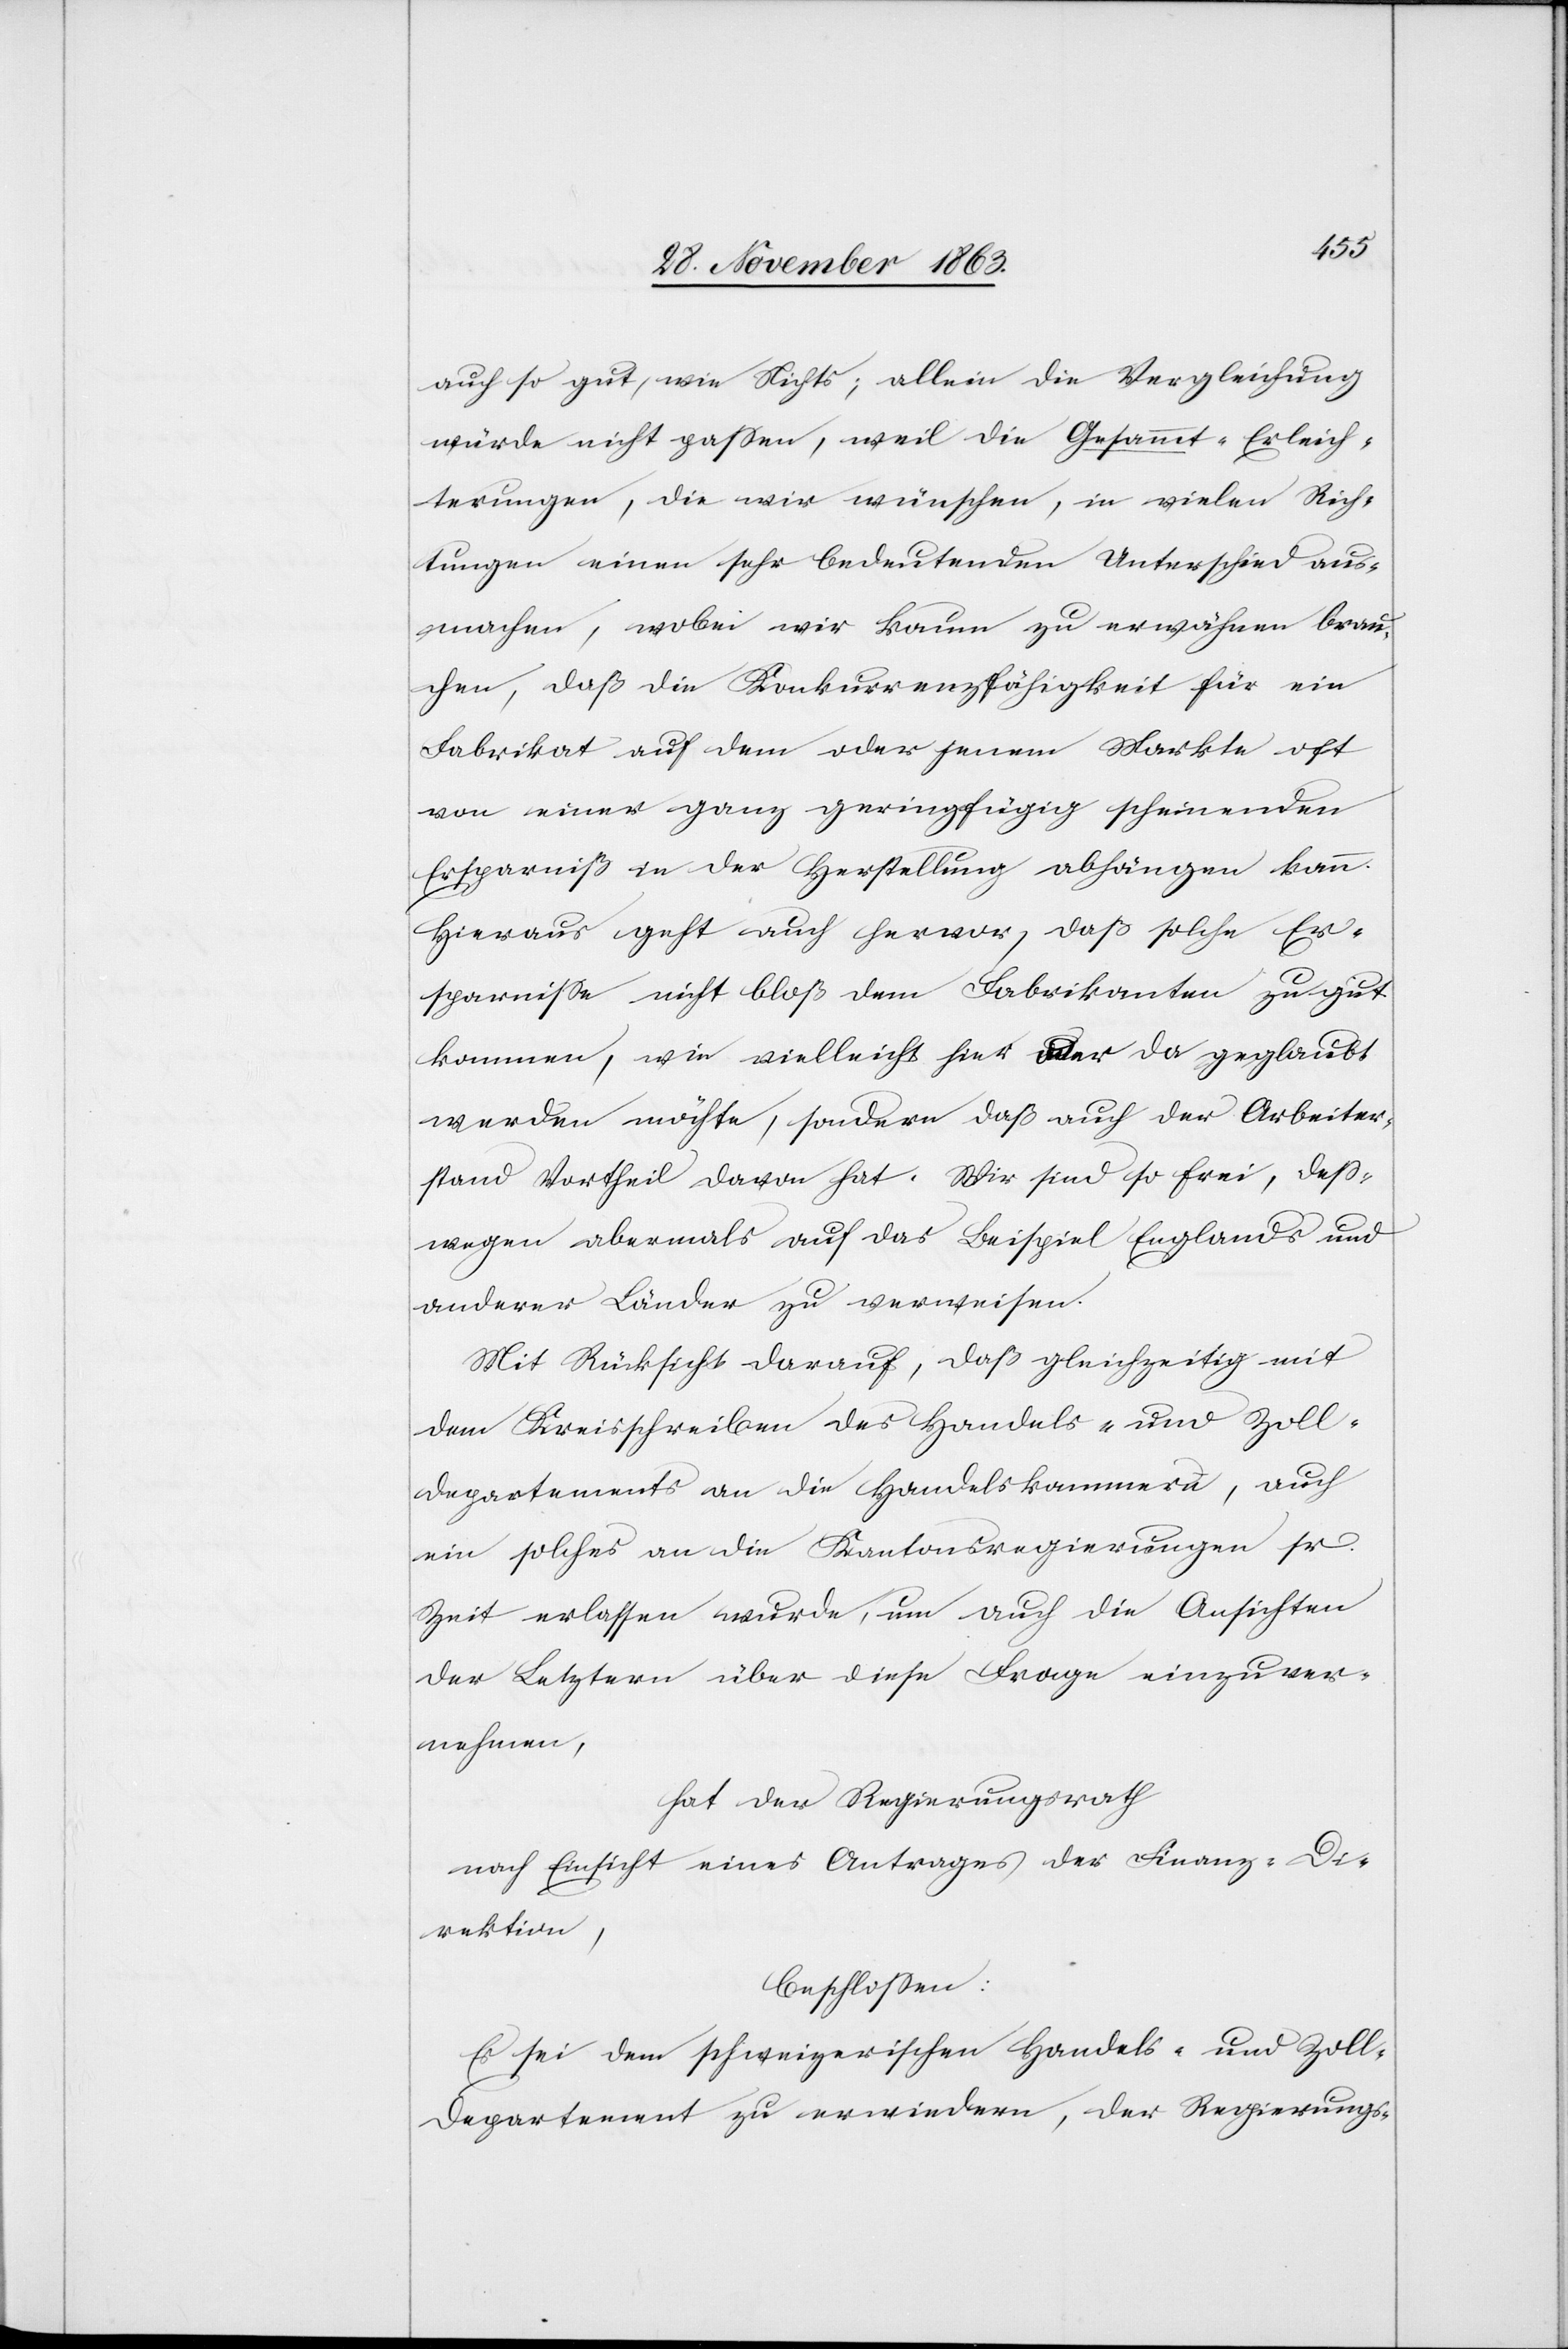
auch so gut, wie Nichts; allein die Vergleichung
würde nicht passen, weil die Gesammt-Erleich¬
terungen, die wir wünschen, in vielen Rich¬
tungen einen sehr bedeutenden Unterschied aus¬
machen, wobei wir kaum zu erwähnen brau¬
chen, daß die Konkurrenzfähigkeit für ein
Fabrikat auf dem oder jenem Markte oft
von einer ganz geringfügig scheinenden
Ersparniß in der Herstellung abhängen kann.
Hieraus geht auch hervor, daß solche Er¬
sparnisse nicht bloß dem Fabrikanten zu gut
kommen, wie vielleicht hier oder da geglaubt
werden möchte, sondern daß auch der Arbeiter¬
stand Vortheil davon hat. Wir sind so frei, deß¬
wegen abermals auf das Beispiel Englands und
anderer Länder zu verweisen.
Mit Rücksicht darauf, daß gleichzeitig mit
dem Kreisschreiben des Handels- und Zoll¬
departements an die Handelskammern, auch
ein solches an die Kantonsregierungen sr.
Zeit erlassen wurde, um auch die Ansichten
der Letztern über diese Frage einzuver¬
nehmen,
hat der Regierungsrath
nach Einsicht eines Antrages der Finanz-Di¬
rektion,
beschlossen:
Es sei dem schweizerischen Handels- und Zoll¬
departement zu erwiedern, der Regierungs-